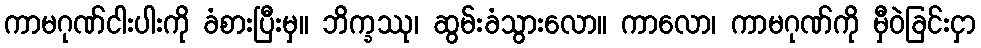
ကာမဂုဏ်ငါးပါးကို ခံစားပြီးမှ။ ဘိက္ခဿု၊ ဆွမ်းခံသွားလော။ ကာလော၊ ကာမဂုဏ်ကို မှီဝဲခြင်းငှာ